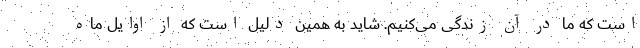
است که ما در آن زندگی می‌کنیم. شاید به همین دلیل است که از اوایل ماه